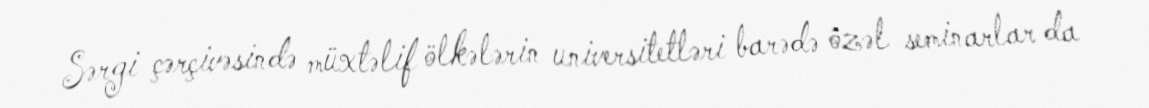
Sərgi çərçivəsində müxtəlif ölkələrin universitetləri barədə özəl seminarlar da